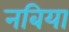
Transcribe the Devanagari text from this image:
नबिया